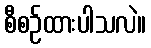
စီစဉ်ထားပါသလဲ။